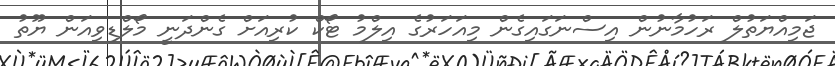
ޖަމިއްޔަތުލް ރަހުމާނުން އިސްނަގައިގެން މިއަހަރުގެ އިލްމު ޓޯކް ކުރިއަށް ގެންދަނީ މޯލްޑިވިއަން ޔޫތު